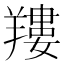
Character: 𦎹